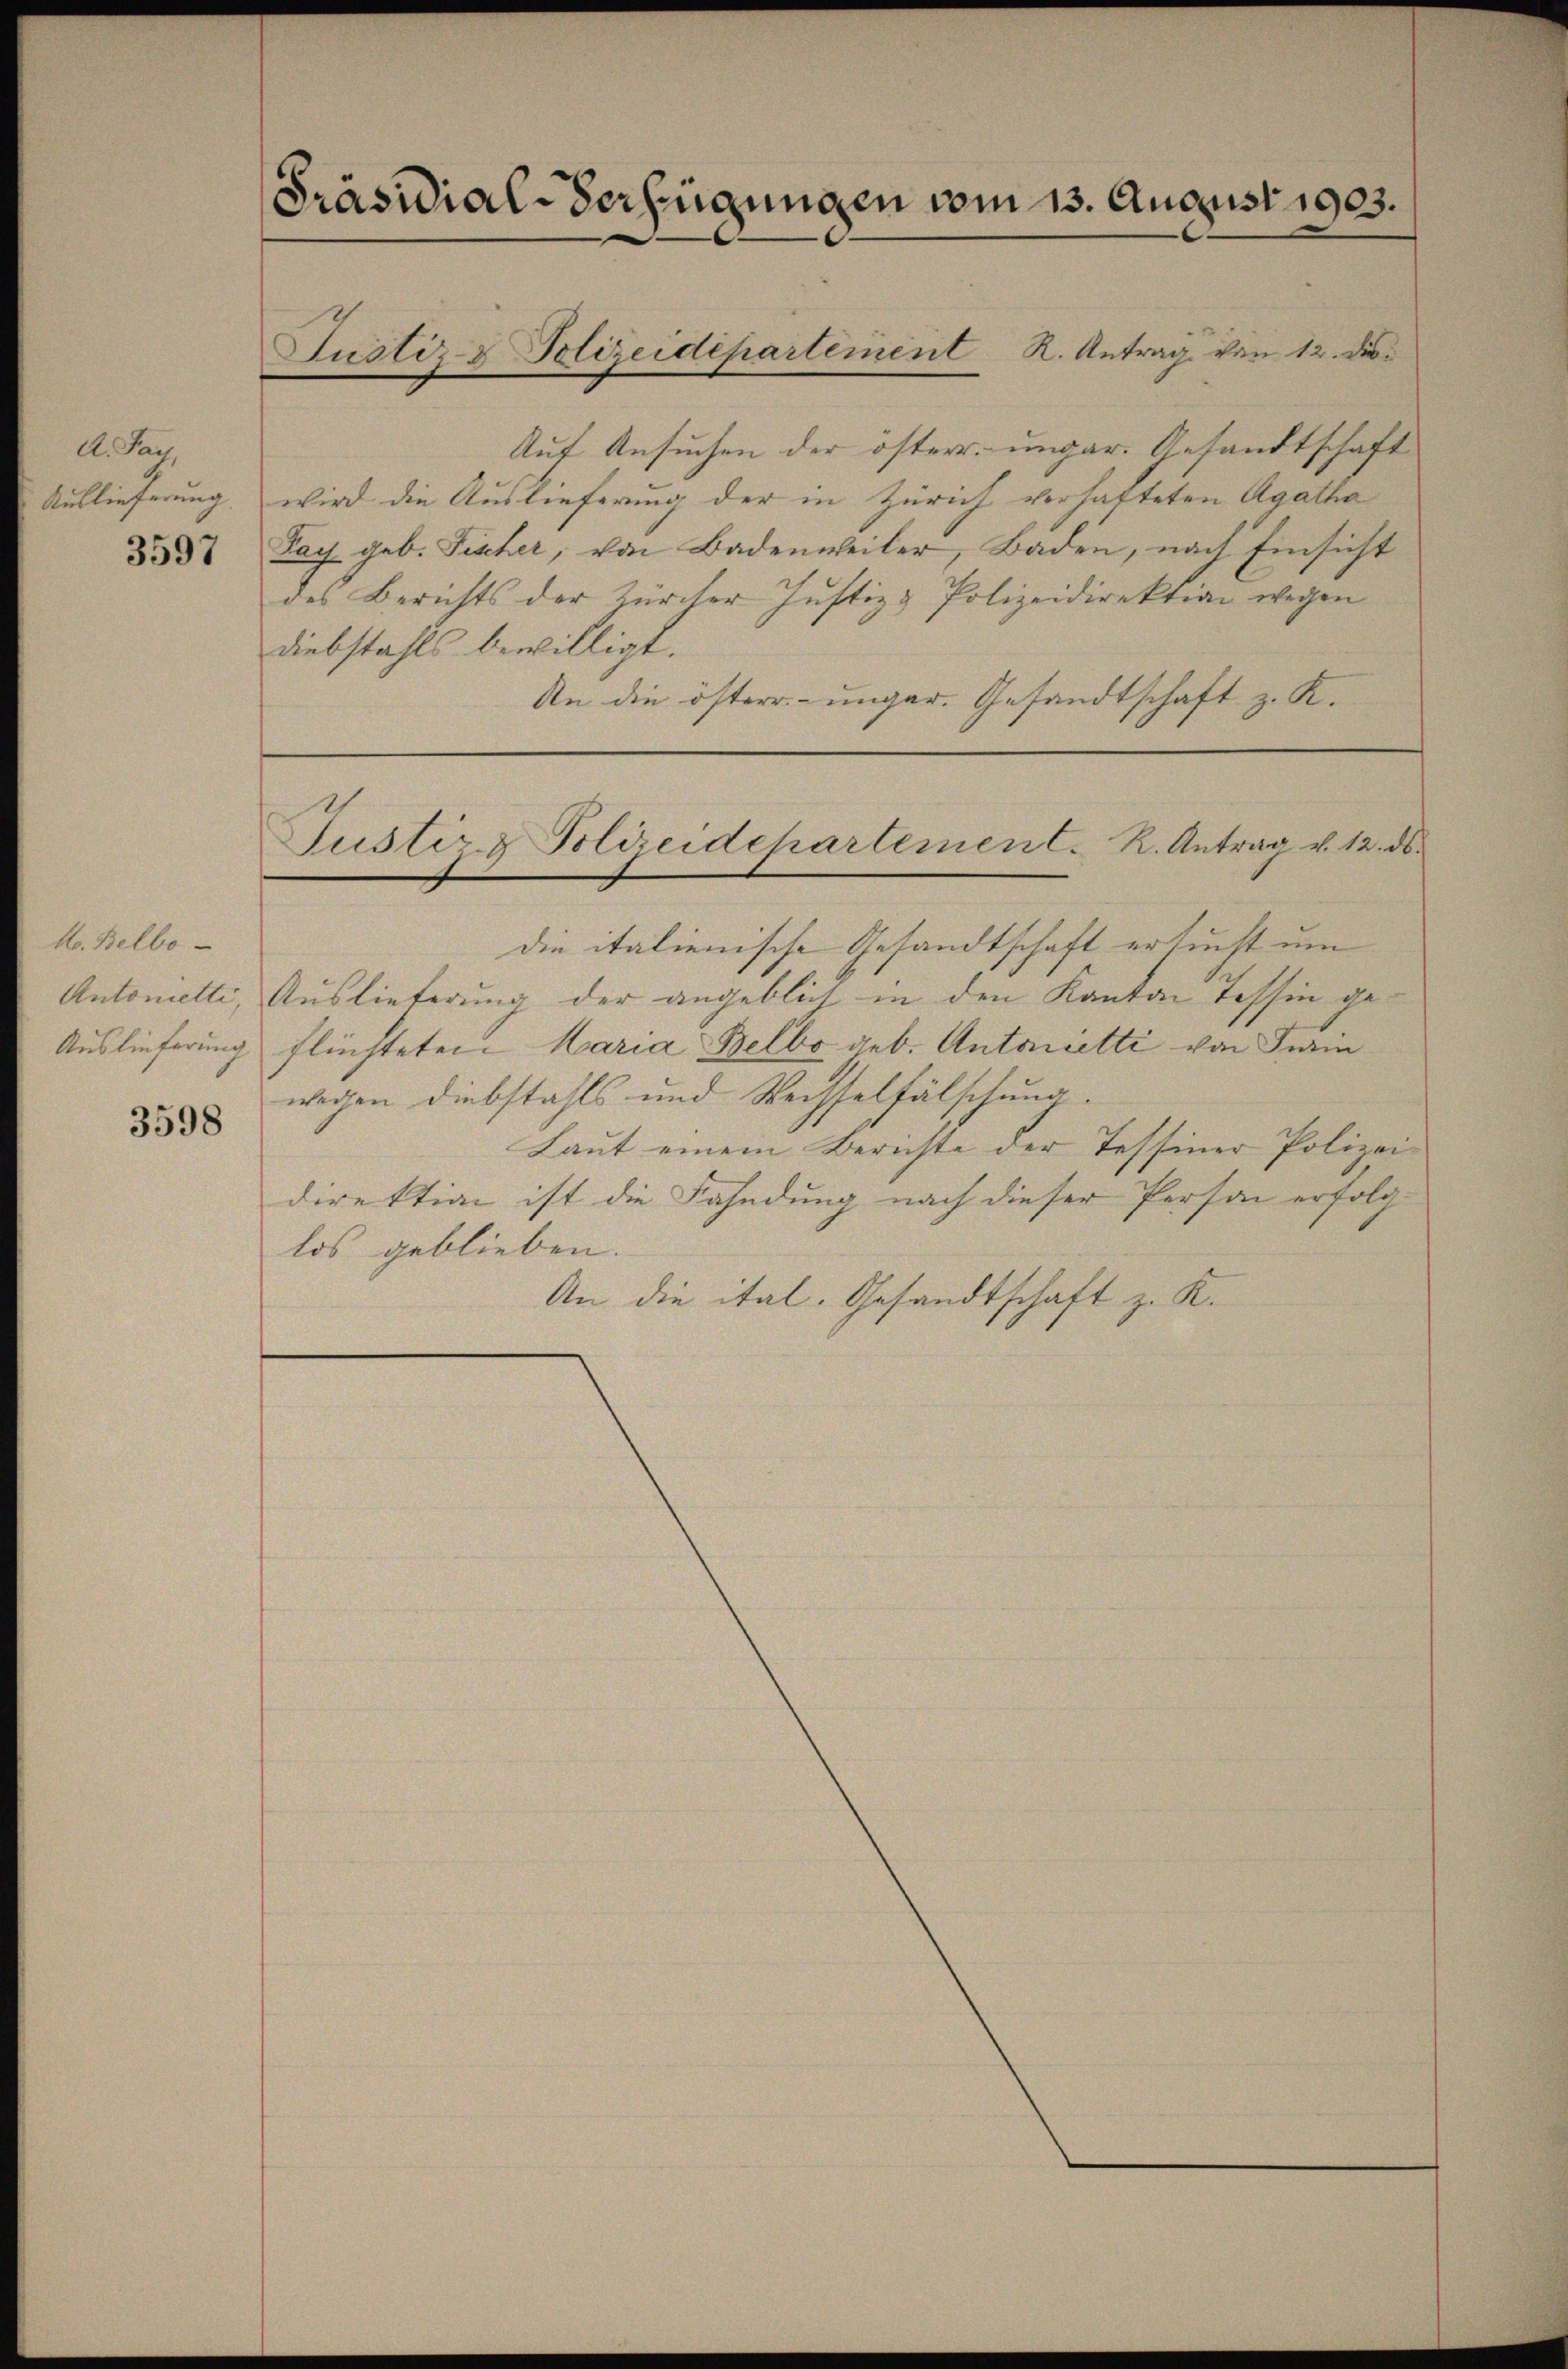
A. Sag,
Auslieferung

3597

Mo. Belbo
Auslieferung

3598

[Präsidial-Verfügungen vom 13. August 1903.

Auf Ansuchen der österr. ungar. Gesandtschaft
wird die Auslieferung der in Zürich verhafteten Agatha
Dach geb. Fischer, von Badenweiler, Baden, nach Einsicht
des Berichts der Zürcher Justiz & Polizeidirektion wegen
Diebstahls bewilligt.
An die österr.-ungar. Gesandtschaft z. K.

Justiz- & Polizeidepartement K. Antrag von 12. die

Justiz & Polizeidchartement. K. Antrag v. 12. ds.

die italienische Gesandtschaft ersucht um
Antonetti, Auslieferung der angeblich in den Kanton Tessin geflüchteten Maria Belbo geb. Antonetti von Fein
wegen Diebstahls und Wechselfälschung.
Laut einem Berichte der Tessiner Polizei-
direktion ist die Fahndung nach dieser Person erfolg
los geblieben.
An die ital. Gesandtschaft z. K.